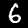
Label: 6